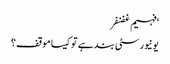
‘فہیم غضنفر
یونیورسٹی بند ہے تو کیسا موقف؟